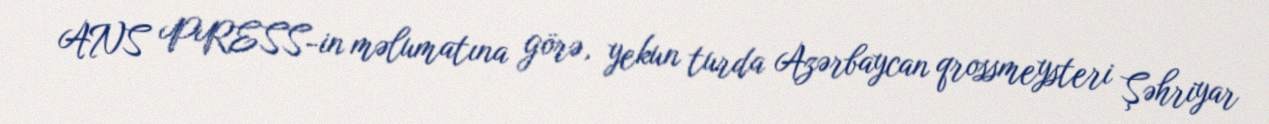
ANS PRESS-in məlumatına görə, yekun turda Azərbaycan qrossmeysteri Şəhriyar